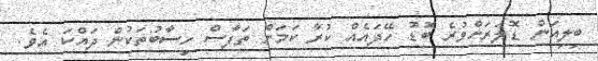
ބިލިއަން ޑޮލަރަށްވުރެ ބޮޑު ހޭދައެއް ކުރާ ކަމަށް ތަފާސް ހިސާބުތަކުން ދައްކަ އެވެ.